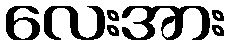
လေးအား